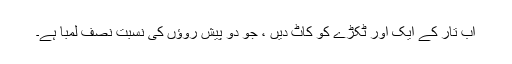
اب تار کے ایک اور ٹکڑے کو کاٹ دیں ، جو دو پیش روؤں کی نسبت نصف لمبا ہے۔